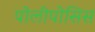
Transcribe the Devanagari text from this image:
पोलीपोसिस